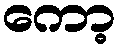
ကော့